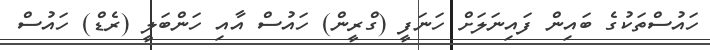
ހައުސްތަކުގެ ބައިން ފައިނަލަށް ހަނަފީ (ގްރީން) ހައުސް އާއި ހަންބަލީ (ރެޑް) ހައުސް